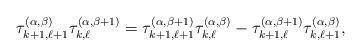
LaTeX: \begin{gather*}\tau_{k + 1, \ell +1}^{(\alpha,\beta)}\tau_{k, \ell}^{(\alpha,\beta + 1)}=\tau_{k + 1, \ell + 1}^{(\alpha,\beta + 1)} \tau_{k, \ell}^{(\alpha,\beta)}-\tau_{k +1, \ell}^{(\alpha,\beta + 1)}\tau_{k, \ell + 1}^{(\alpha,\beta)},\end{gather*}